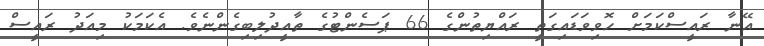
އޭނާ ރައީސްކަމަށް ހޮވިވަޑައިގަތީ ރައްޔިތުންގެ 66 ޕަސެންޓުގެ ތާއީދުލިބިގެންނެވެ. އެކަމަކު މިއަދު ރައީސް